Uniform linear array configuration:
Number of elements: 24
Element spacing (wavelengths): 0.75
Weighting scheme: blackman
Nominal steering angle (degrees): -45
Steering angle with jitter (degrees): -45.157
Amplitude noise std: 0.05
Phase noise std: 0.05

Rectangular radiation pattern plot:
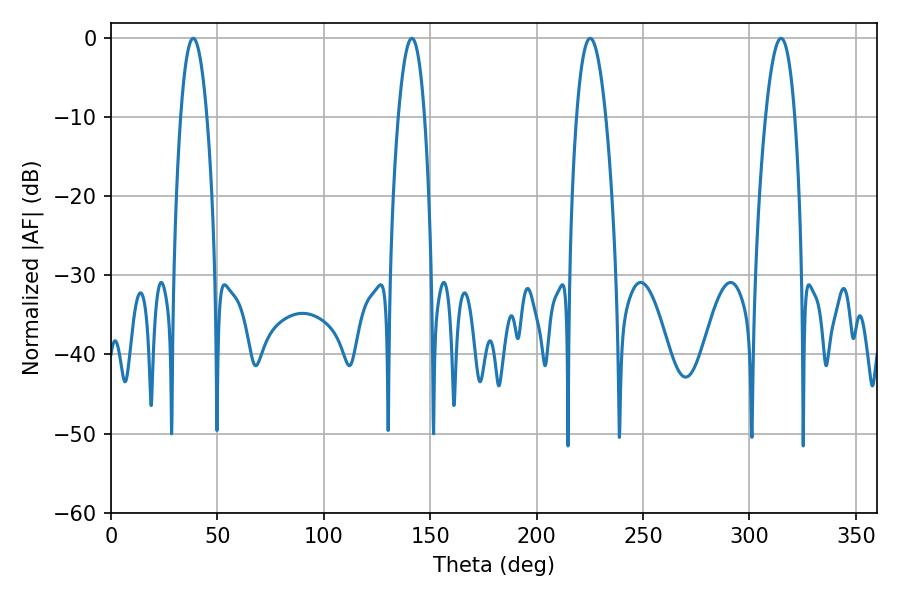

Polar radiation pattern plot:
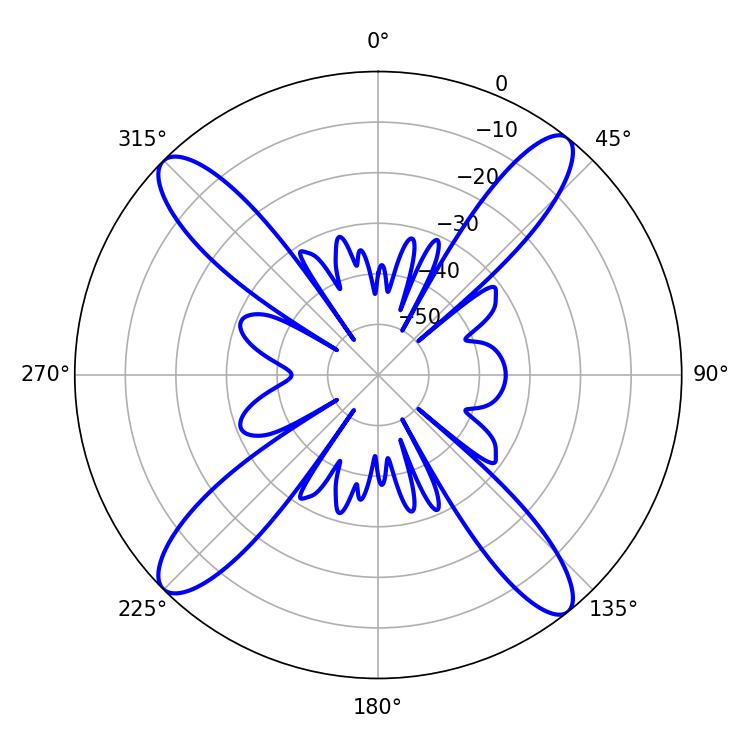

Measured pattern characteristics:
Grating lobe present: TRUE
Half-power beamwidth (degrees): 7.56
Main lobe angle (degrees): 225.18